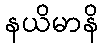
နယိမာနိ